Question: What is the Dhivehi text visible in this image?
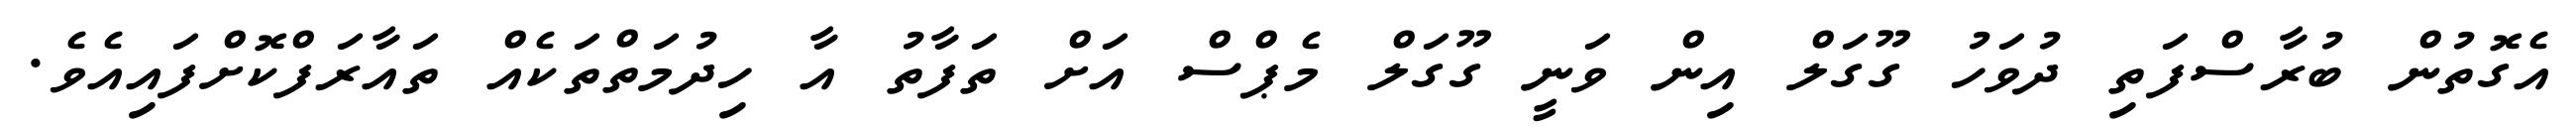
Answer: އެގޮތުން ބުރާސްފަތި ދުވަހު ގޫގަލް އިން ވަނީ ގޫގަލް މެޕްސް އަށް ތަފާތު އާ ހިދުމަތްތަކެއް ތައާރަފްކޮށްފައިއެވެ.